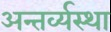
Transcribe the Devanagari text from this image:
अन्तर्व्यस्था